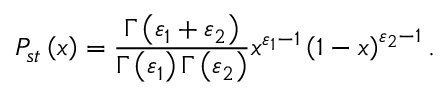
P _ { s t } \left( x \right) = \frac { \Gamma \left( \varepsilon _ { 1 } + \varepsilon _ { 2 } \right) } { \Gamma \left( \varepsilon _ { 1 } \right) \Gamma \left( \varepsilon _ { 2 } \right) } x ^ { \varepsilon _ { 1 } - 1 } \left( 1 - x \right) ^ { \varepsilon _ { 2 } - 1 } .